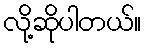
လို့ဆိုပါတယ်။